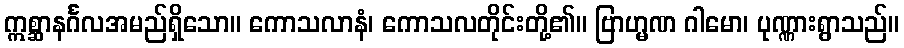
ဣစ္ဆာနင်္ဂလအမည်ရှိသော။ ကောသလာနံ၊ ကောသလတိုင်းတို့၏။ ဗြာဟ္မဏ ဂါမော၊ ပုဏ္ဏားရွာသည်။